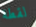
لقطة